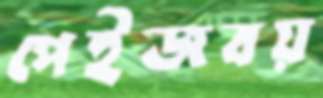
পেইজবয়